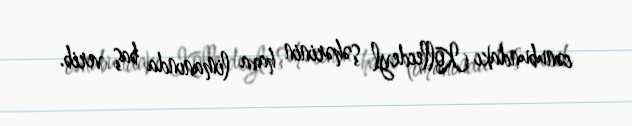
cənubundakı Kollecdeyl şəhərinin hava limanında baş verib.